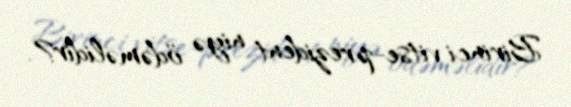
Birinci vitse-prezident niyə ödəməlidir?.